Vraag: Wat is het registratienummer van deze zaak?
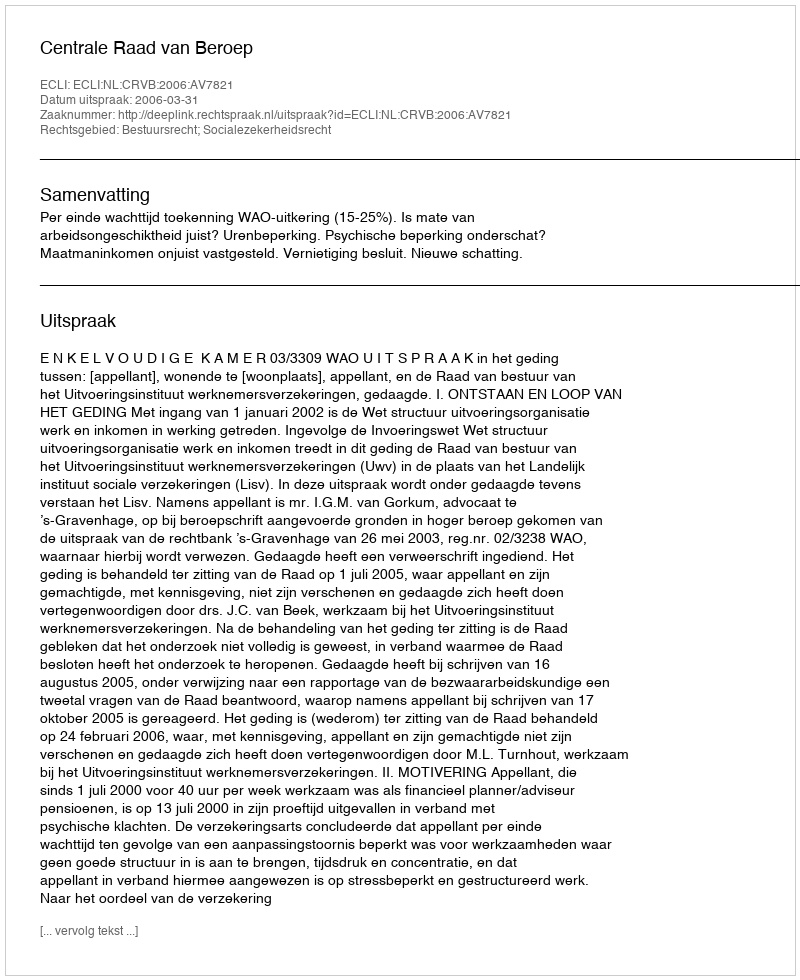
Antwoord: http://deeplink.rechtspraak.nl/uitspraak?id=ECLI:NL:CRVB:2006:AV7821